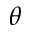
\theta